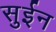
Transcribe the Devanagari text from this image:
सुईन